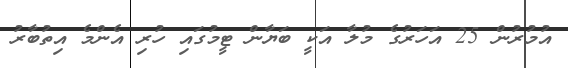
އުމުރުން 25 އަހަރުގެ މުލާ އަކީ ބަޔާން ޓީމުގައި ހުރި އެންމެ އިތުބާރު